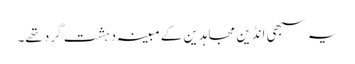
یہ سبھی انڈین مجاہدین کے مبینہ دہشت گرد تھے۔